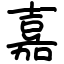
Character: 嘉